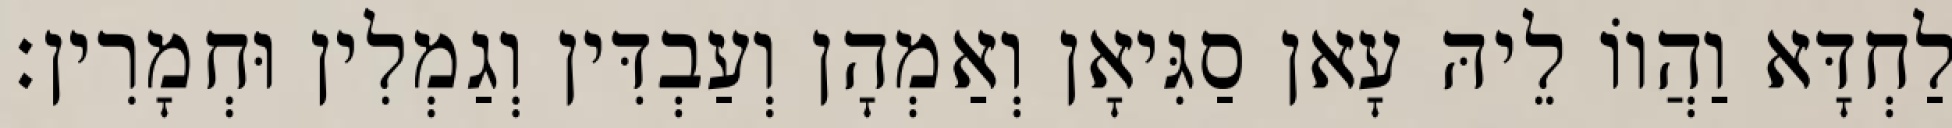
לַחְדָּא וַהֲווֹ לֵיהּ עָאן סַגִּיאָן וְאַמְהָן וְעַבְדִּין וְגַמְלִין וּחְמָרִין׃